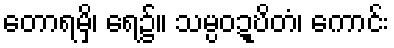
တောရမှိ၊ ရေ၌။ သမ္ပဝဍ္ဎိတံ၊ ကောင်း